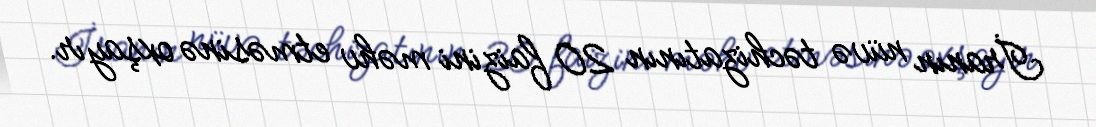
İranın nüvə təchizatının 20 faizini məhv etməsinə oxşayır.